Report on inoculation in the plague infected areas of the Punjab and its dependencies from October 1900 to September 1901
Year: 1900
Disease focus: Plague
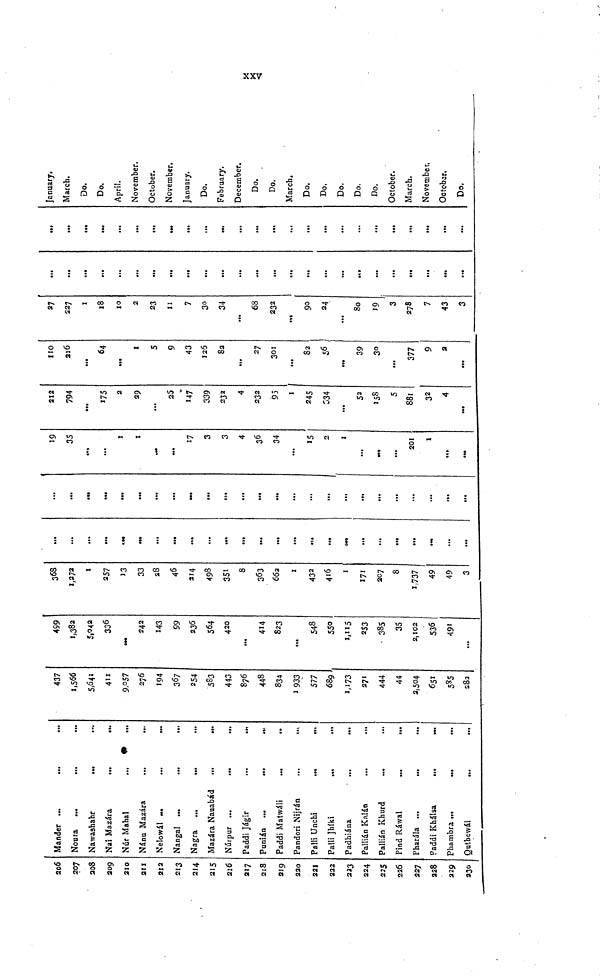
xxv
206
207
208
209
210
211
212
213
214
215
216
217
218
219
220
221
222
223
224
225
226
227
228
229
230
Mander ...
...
Noura ...
...
...
Nawashahr
...
Nai Mazára.
...
...
Núr Mahal
Nánu Mazára
...
...
Nelowál
Nangal ...
...
...
Nagra ...
...
Mazára Nauabád ...
...
Núrpur
Paddi Jágir
Punián
Paddi Matwáli
Pandori Nijrán
Palli Unchi
Palli Jhíki
Padhiána
...
...
Pallián Kalán
Pallián Khurd
Pind Ráwal
Pharála ...
Paddi Khálsa
Phambra ...
...
Qutbewál
437
1,566
5,641
411
9,057
276
194
367
254
583
443
876
448
834
1,933
577
689
1,173
271
444
44
2,504
651
585
282
499
1,382
5,042
336
242
143
99
236
564
420
...
414
823
548
550
1,115
253
385
35
2,102
536
491
...
368
1,272
1
257
13
33
28
46
214
498
351
8
363
662
1
432
416
1
171
207
8
1,737
49
49
3
...
...
...
...
...
...
...
...
...
...
...
...
...
...
...
...
...
...
...
...
...
...
...
...
...
...
...
...
...
...
...
...
...
...
...
...
...
...
...
19
35
...
1
1
...
17
3
3
4
36
34
...
15
2
1
...
...
201
1
...
212
794
...
175
2
29
...
25
147
339
232
4
232
95
1
245
334
...
52
158
5
881
32
4
...
110
216
...
64
1
5
9
43
126
82
...
27
301
82
39
30
...
377
9
2
...
27
227
1
18
10
2
23
11
7
30
34
...
68
232
...
80
19
3
278
7
43
3
...
...
...
...
...
...
...
...
...
...
...
...
...
...
...
..,
...
...
...
...
...
...
...
...
...
...
...
...
...
...
...
...
...
...
...
...
...
...
...
...
...
...
January.
March.
Do.
Do.
April.
November.
October.
November.
January.
Do.
February.
December.
Do.
Do,
March.
Do.
Do.
Do.
Do.
Do.
October.
March.
November
October.
Do.